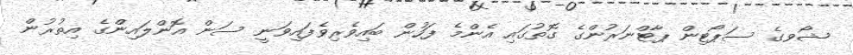
ޝޯވގެ ސަޕޯޓިން ޕާޓްނަރުންގެ ގޮތުގައި އެންމެ ފަހުން ބައިވެރިވެފައިވަނީ ސަން އޮންލައިންގެ އިތުރުން